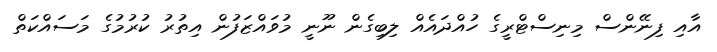
އާއި ފިނޭންސް މިނިސްޓްރީގެ ހުއްދައެއް ލިބިގެން ނޫނީ މުވައްޒަފުން އިތުރު ކުރުމުގެ މަސައްކަތް